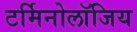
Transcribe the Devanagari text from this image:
टर्मिनोलॉजिय